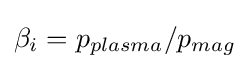
{\textstyle \beta _{i}=p_{plasma}/p_{mag}}